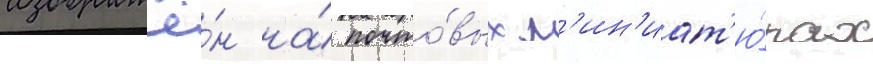
изображё́н на́ почто́вых м'ин'иат'ю́рах